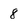
Character: 8